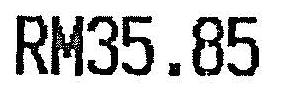
RM35.85